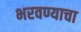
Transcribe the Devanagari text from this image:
भरवण्याचा